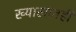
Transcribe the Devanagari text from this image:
ख्यालांतही